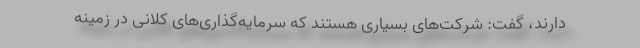
دارند، گفت: شرکت‌های بسیاری هستند که سرمایه‌گذاری‌های کلانی در زمینه‌